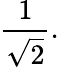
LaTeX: {\frac{1}{\sqrt{2}}}.